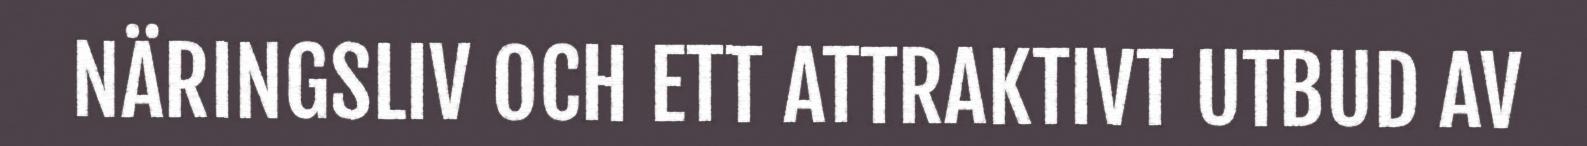
NÄRINGSLIV OCH ETT ATTRAKTIVT UTBUD AV